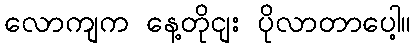
လောကျက နေ့တိုငျး ပိုလာတာပေါ့။